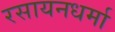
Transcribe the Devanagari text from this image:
रसायनधर्मा